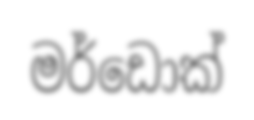
මර්ඩොක්